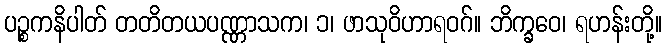
ပဉ္စကနိပါတ် တတိတယပဏ္ဏာသက၊ ၁၊ ဖာသုဝိဟာရဝဂ်။ ဘိက္ခဝေ၊ ရဟန်းတို့။